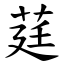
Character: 莛